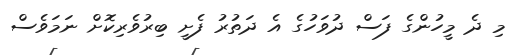
މި ދެ މީހުންގެ ފަސް ދުވަހުގެ އެ ދަތުރު ފެށީ ބިރުވެރިކޮށް ނަމަވެސް